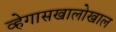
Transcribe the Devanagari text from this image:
व्हेगासखालोखाल